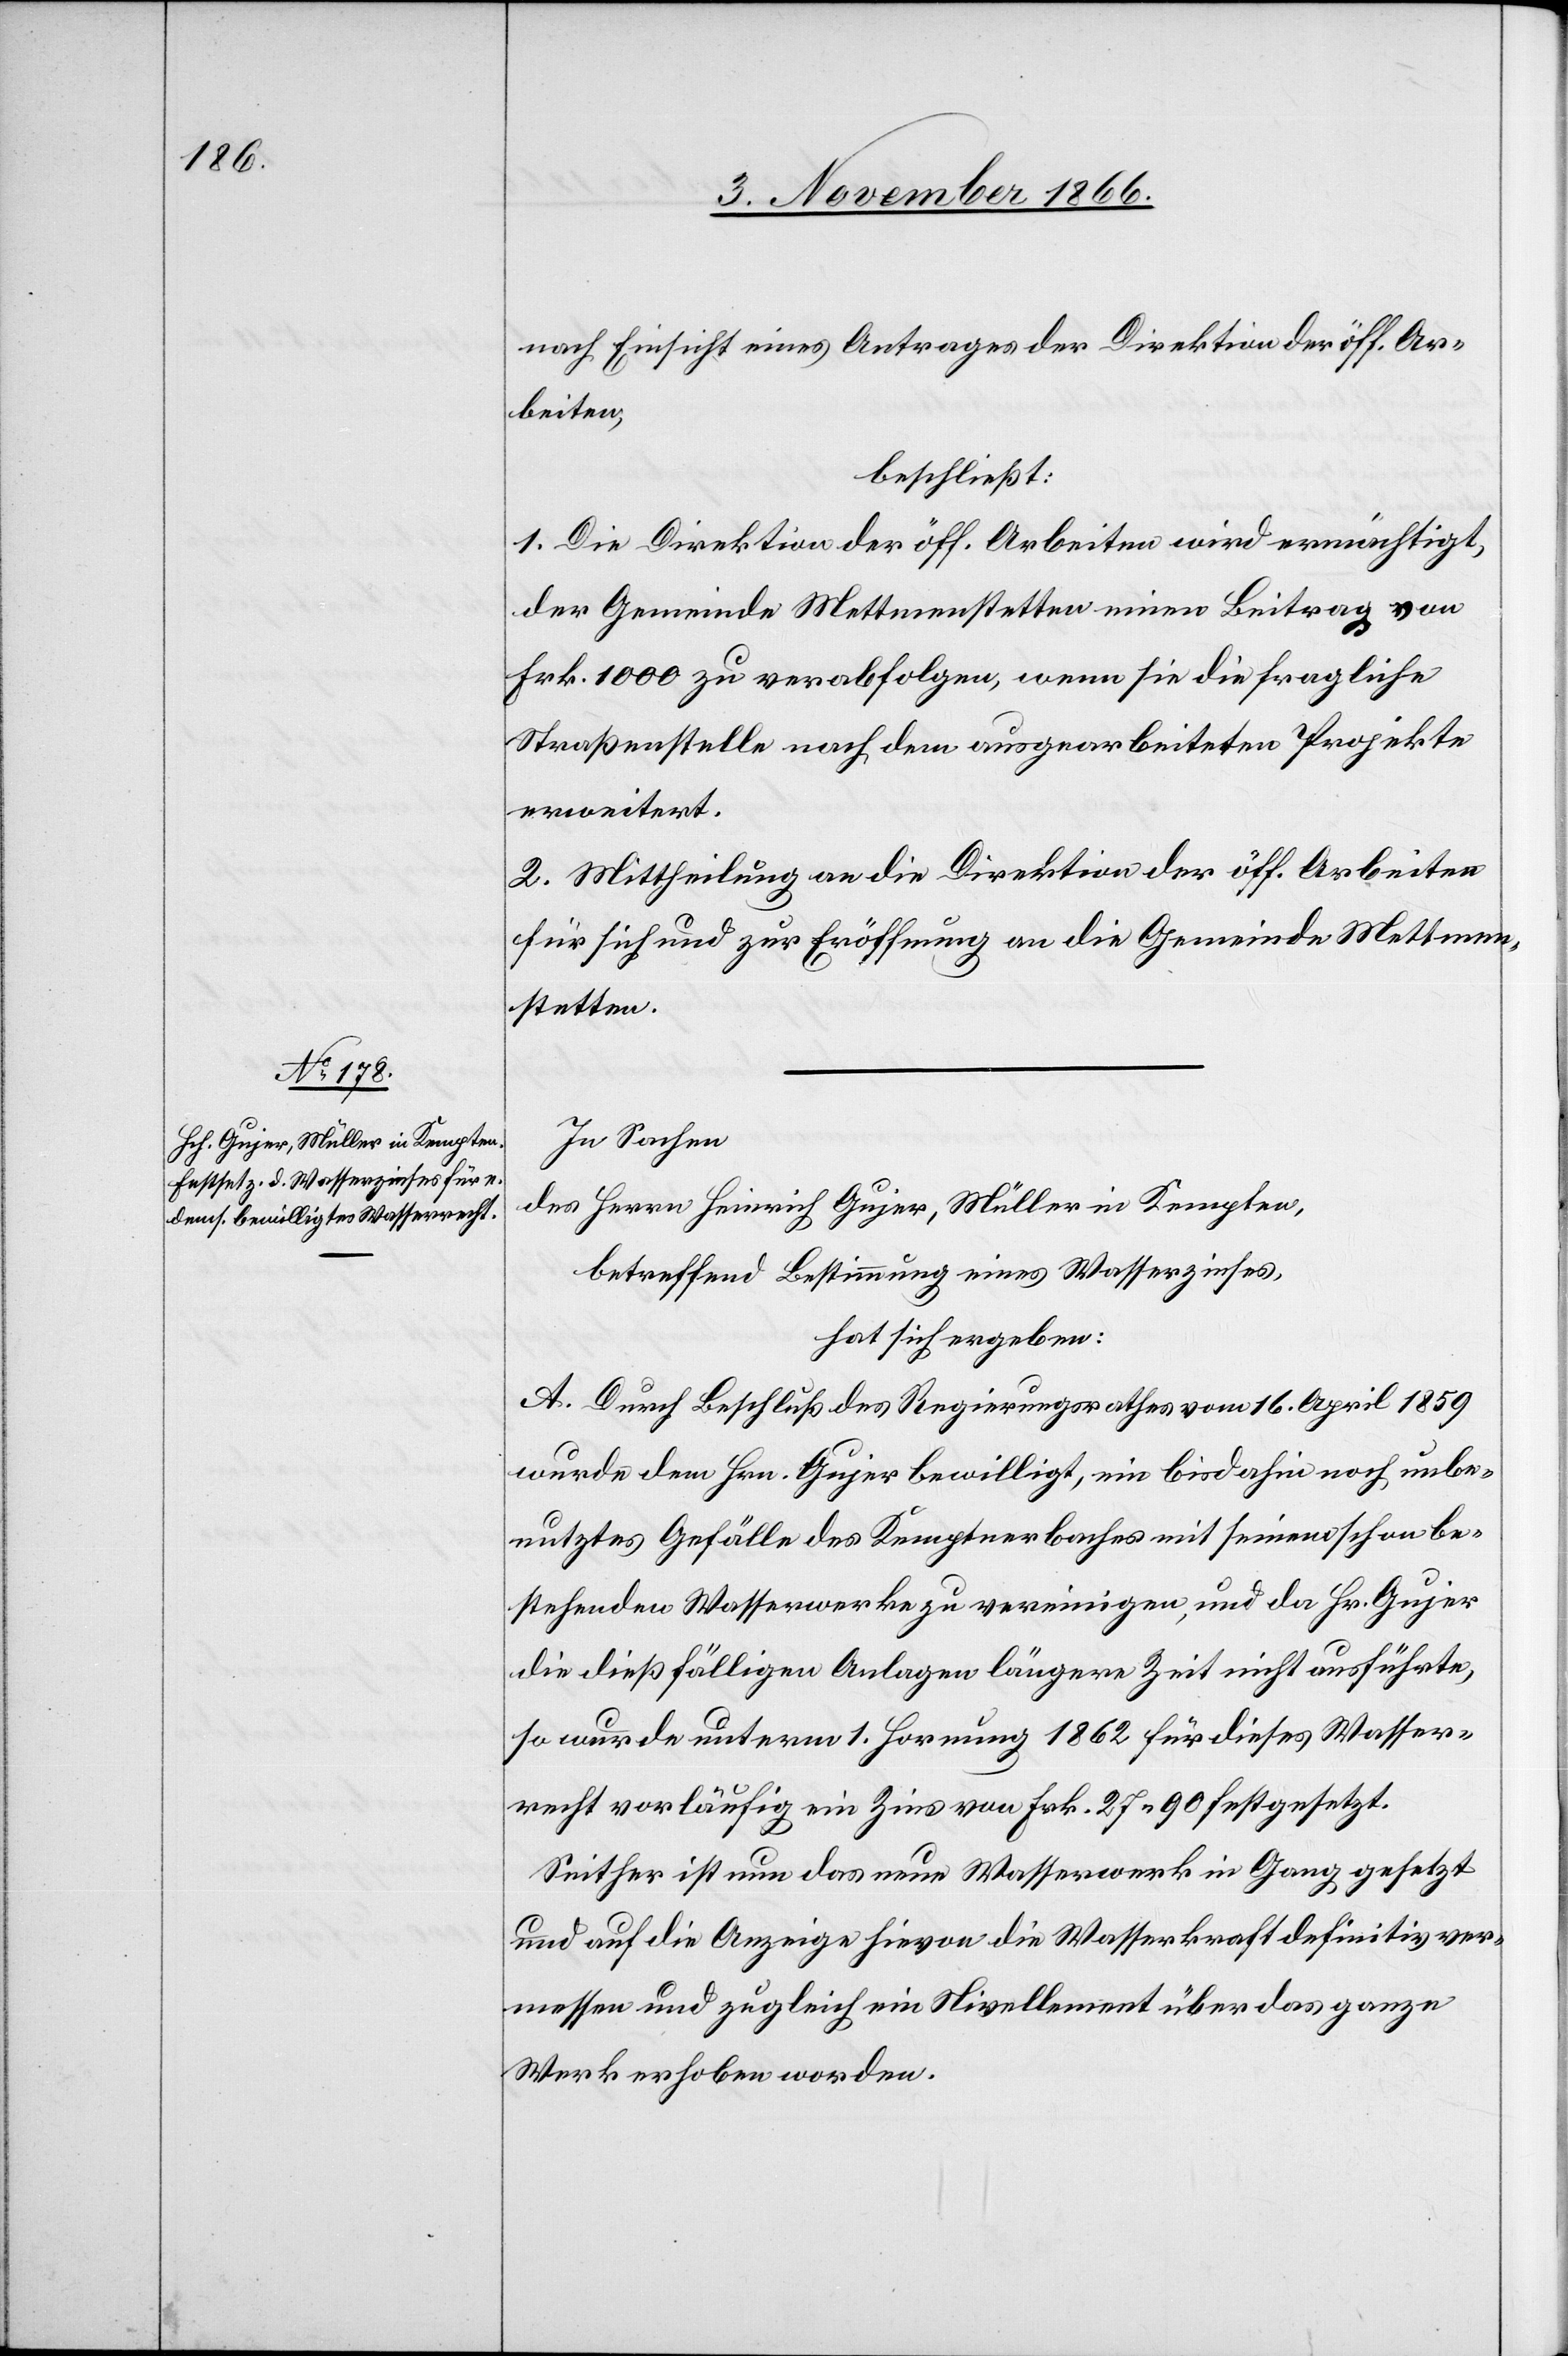
nach Einsicht eines Antrages der Direktion der öff. Ar¬
beiten,
beschließt:
1. Die Direktion der öff. Arbeiten wird ermächtigt,
der Gemeinde Mettmenstetten einen Beitrag von
Frk. 1000 zu verabfolgen, wenn sie die fragliche
Straßenstelle nach dem ausgearbeiteten Projekte
erweitert.
2. Mittheilung an die Direktion der öff. Arbeiten
für sich und zur Eröffnung an die Gemeinde Mettmen¬
stetten.
In Sachen
des Herrn Heinrich Gujer, Müller in Kempten,
betreffend Bestimmung eines Wasserzinses,
hat sich ergeben:
A. Durch Beschluß des Regierungsrathes vom 16. April 1859
wurde dem Hrn. Gujer bewilligt, ein bis dahin noch unbe¬
nutztes Gefälle des Kemptnerbaches mit seinem schon be¬
stehenden Wasserwerke zu vereinigen, und da Hr. Gujer
die dießfälligen Anlagen längere Zeit nicht ausführte,
so wurde unterm 1. Hornung 1862 für dieses Wasser¬
recht vorläufig ein Zins von Frk. 27.90 festgesetzt.
Seither ist nun das neue Wasserwerk in Gang gesetzt
und auf die Anzeige hievon die Wasserkraft definitiv ver¬
messen und zugleich ein Nivellement über das ganze
Werk erhoben worden.